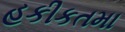
હકીકતમા